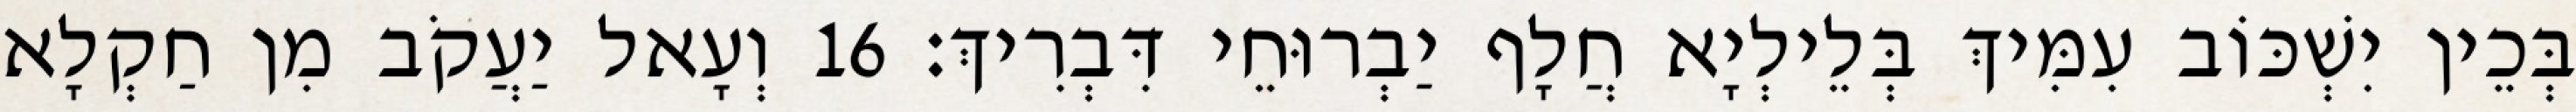
בְּכֵין יִשְׁכּוֹב עִמִּיךְ בְּלֵילְיָא חֲלָף יַבְרוּחֵי דִּבְרִיךְ׃ 16 וְעָאל יַעֲקֹב מִן חַקְלָא